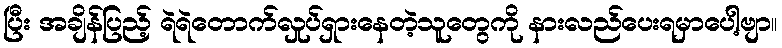
ပြီး အချိန်ပြည့် ရဲရဲတောက်လှုပ်ရှားနေတဲ့သူတွေကို နားလည်ပေးရမှာပေါ့ဗျာ။